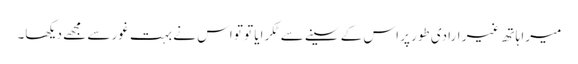
میرا ہاتھ غیر ارادی طور پر اس کے سینے سے ٹکرایا تو تو اس نے بہت غور سے مجھے دیکھا۔